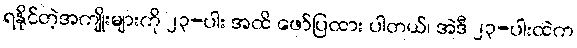
ရနိုင်တဲ့အကျိုးများကို ၂၃-ပါး အထိ ဖော်ပြထား ပါတယ်၊ အဲဒီ ၂၃-ပါးထဲက